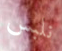
نلبس